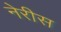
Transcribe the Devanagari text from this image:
नेरीस